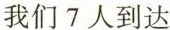
我们7人到达